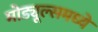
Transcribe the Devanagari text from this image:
मोड्यूल्समध्ये